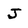
Character: J